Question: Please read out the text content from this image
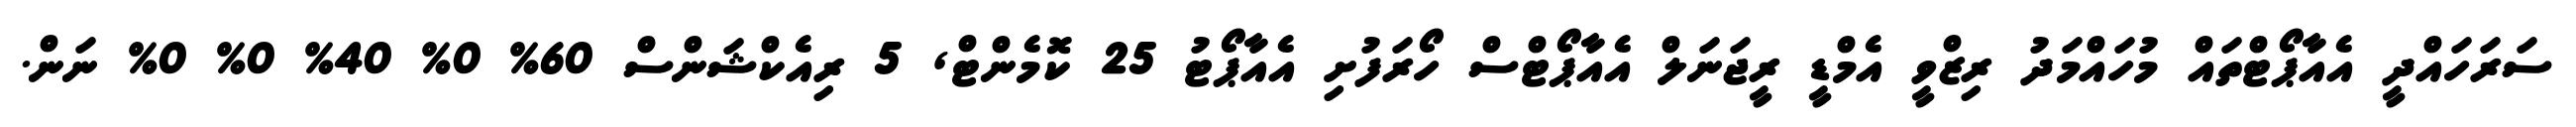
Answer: ސަރަހައްދީ އެއާޕޯޓްތައް މުހައްމަދު ރިޒްވީ އެމްޑީ ރީޖަނަލް އެއާޕޯޓްސް ހޯރަފުށި އެއާޕޯޓު 25 ކޮމެންޓް, 5 ރިއެކްޝަންސް 60% 0% 40% 0% 0% ނަން.